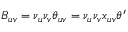
B _ { u v } = \nu _ { u } \nu _ { v } \theta _ { u v } = \nu _ { u } \nu _ { v } x _ { u v } \theta ^ { \prime }